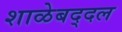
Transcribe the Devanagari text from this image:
शाळेबद्दल